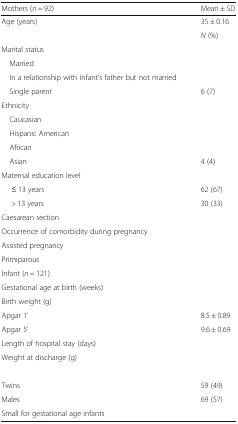
<table><thead><tr><td><b>Mothers (<i>n</i> = 92)</b></td><td><b>Mean ± SD</b></td></tr></thead><tbody><tr><td>Age (years)</td><td>35 ± 0.16</td></tr><tr><td>[EMPTY_CELL]</td><td><i>N</i> (%)</td></tr><tr><td colspan="2">Marital status</td></tr><tr><td> Married</td><td>[EMPTY_CELL]</td></tr><tr><td> In a relationship with infant’s father but not married</td><td>[EMPTY_CELL]</td></tr><tr><td> Single parent</td><td>6 (7)</td></tr><tr><td colspan="2">Ethnicity</td></tr><tr><td> Caucasian</td><td>[EMPTY_CELL]</td></tr><tr><td> Hispanic American</td><td>[EMPTY_CELL]</td></tr><tr><td> African</td><td>[EMPTY_CELL]</td></tr><tr><td> Asian</td><td>4 (4)</td></tr><tr><td colspan="2">Maternal education level</td></tr><tr><td>≤ 13 years</td><td>62 (67)</td></tr><tr><td>&gt; 13 years</td><td>30 (33)</td></tr><tr><td>Caesarean section</td><td>[EMPTY_CELL]</td></tr><tr><td>Occurrence of comorbidity during pregnancy</td><td>[EMPTY_CELL]</td></tr><tr><td>Assisted pregnancy</td><td>[EMPTY_CELL]</td></tr><tr><td>Primiparous</td><td>[EMPTY_CELL]</td></tr><tr><td>Infant (<i>n</i> = 121)</td><td>[EMPTY_CELL]</td></tr><tr><td>Gestational age at birth (weeks)</td><td>[EMPTY_CELL]</td></tr><tr><td>Birth weight (g)</td><td>[EMPTY_CELL]</td></tr><tr><td>Apgar 1’</td><td>8.5 ± 0.89</td></tr><tr><td>Apgar 5’</td><td>9.6 ± 0.69</td></tr><tr><td>Length of hospital stay (days)</td><td>[EMPTY_CELL]</td></tr><tr><td>Weight at discharge (g)</td><td>[EMPTY_CELL]</td></tr><tr><td>[EMPTY_CELL]</td><td>[EMPTY_CELL]</td></tr><tr><td>Twins</td><td>59 (49)</td></tr><tr><td>Males</td><td>69 (57)</td></tr><tr><td>Small for gestational age infants</td><td>[EMPTY_CELL]</td></tr></tbody></table>